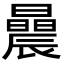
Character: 曟